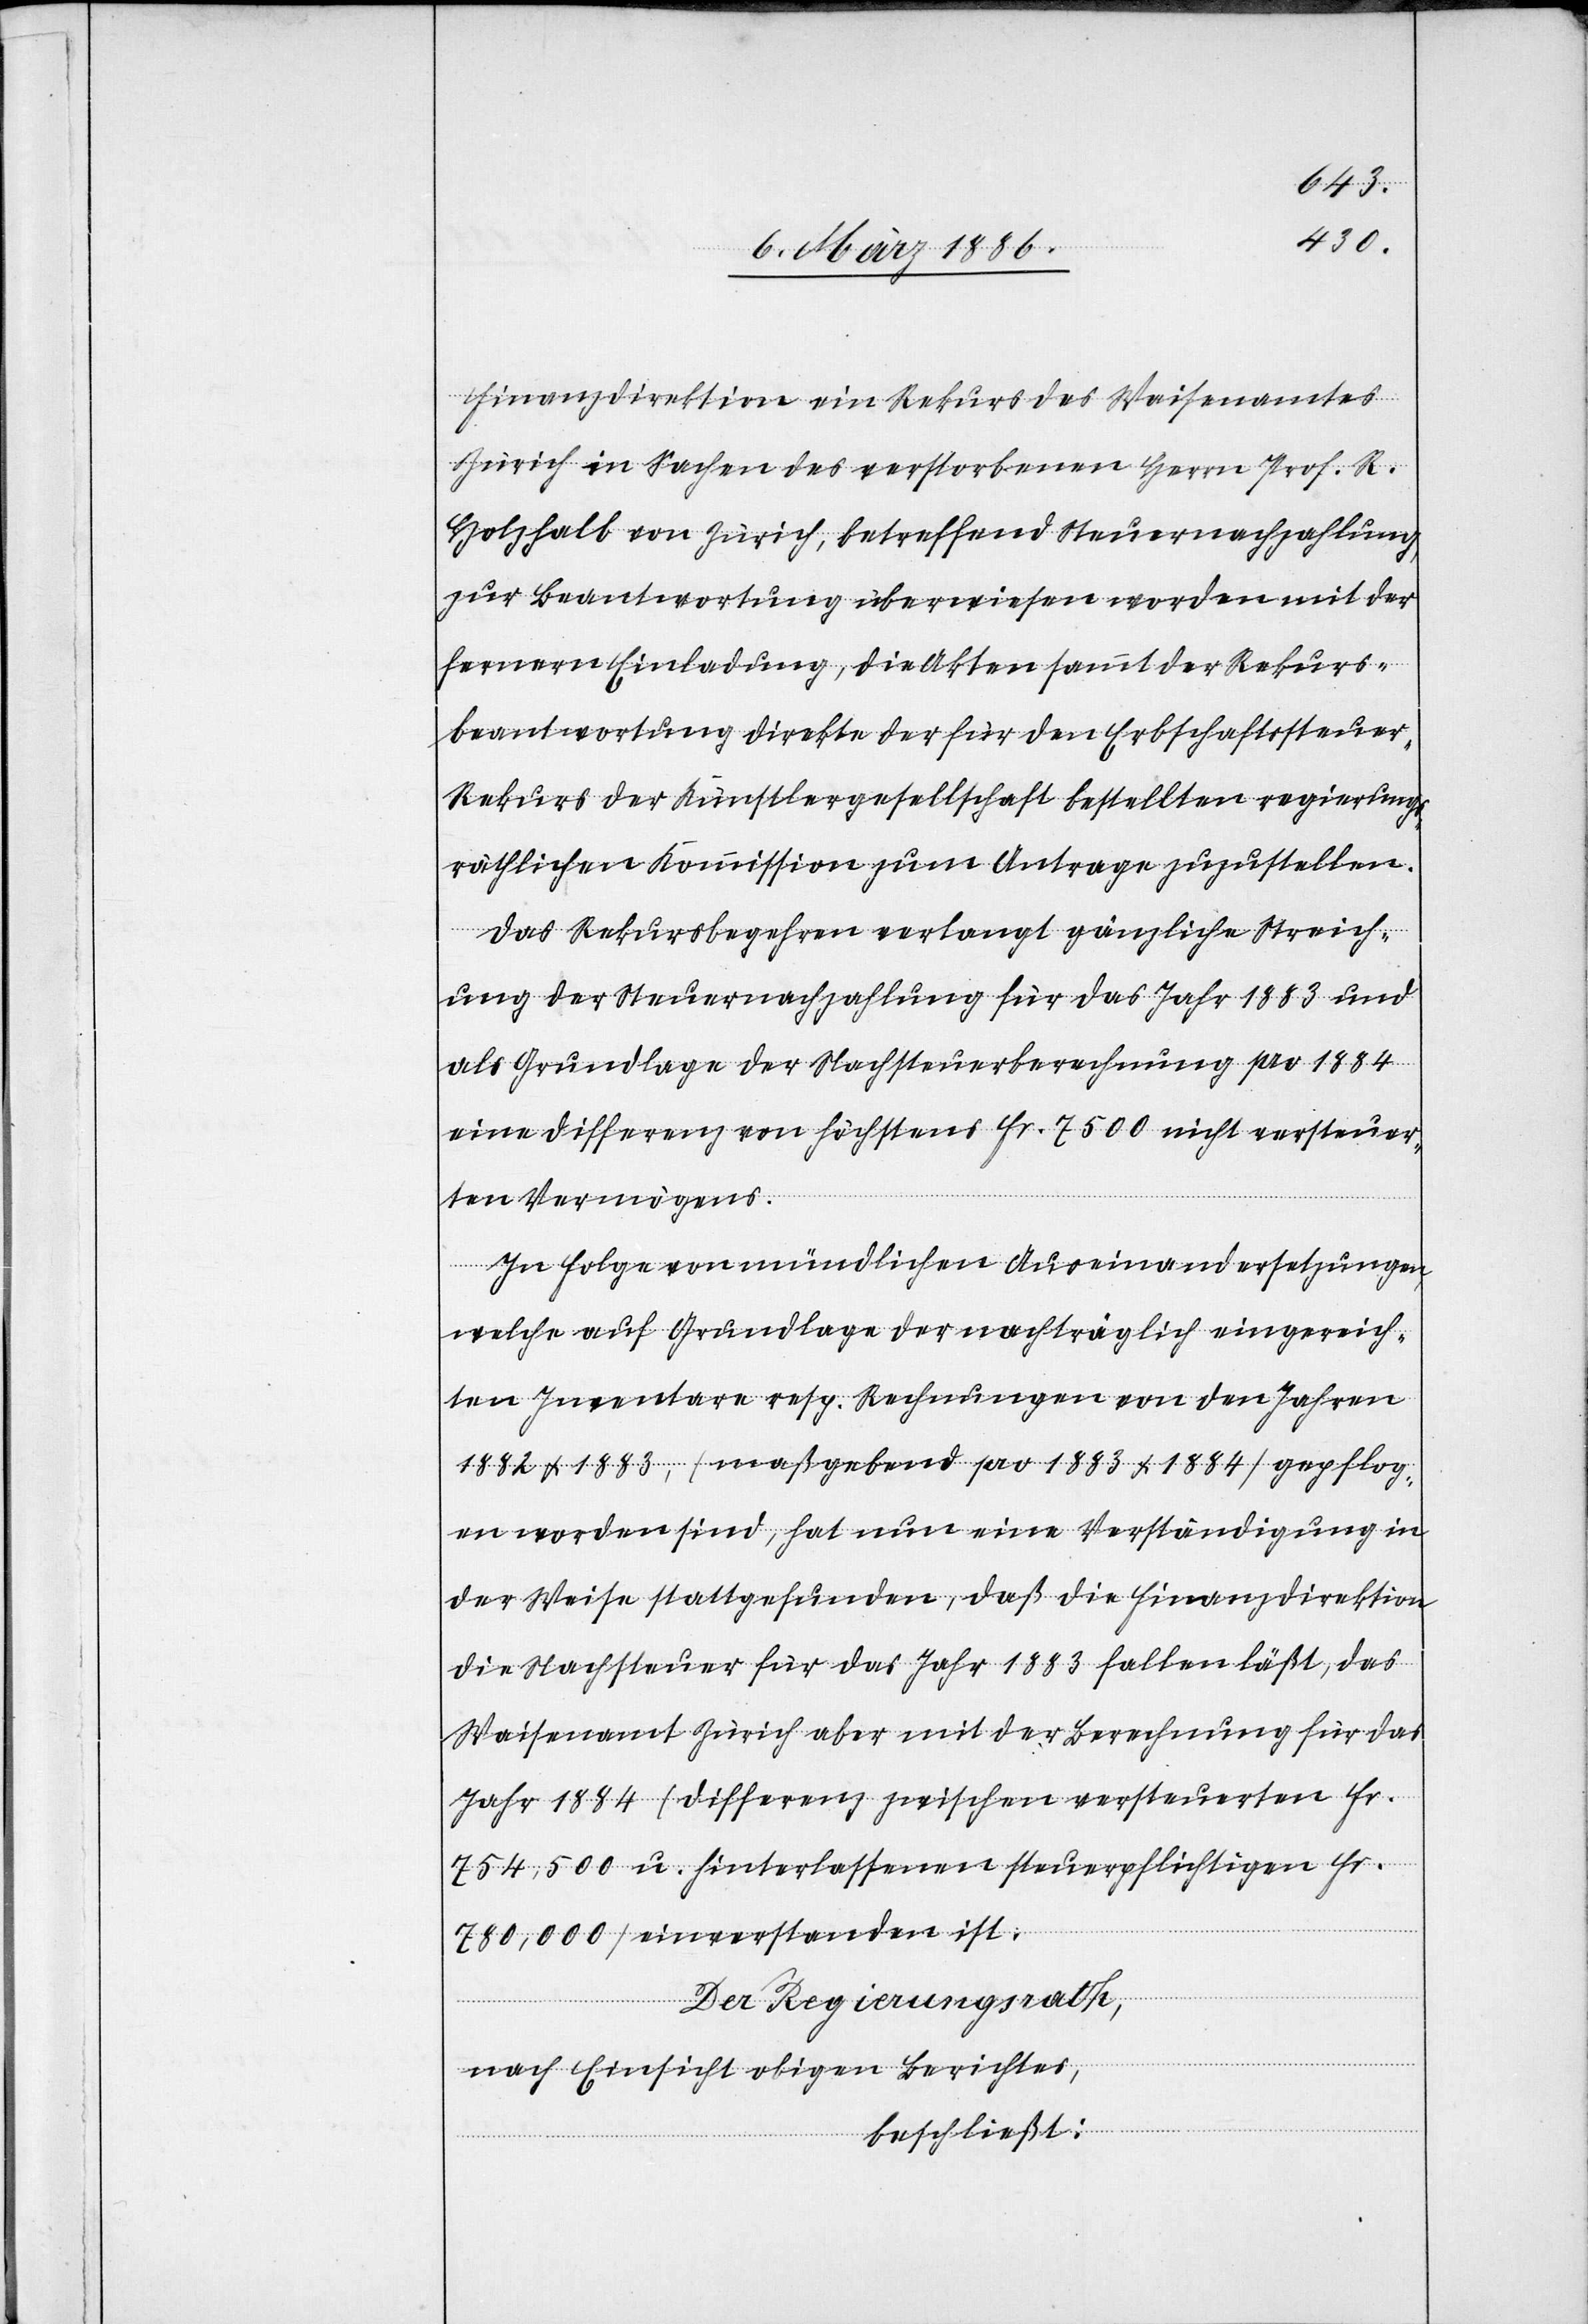
Finanzdirektion ein Rekurs des Waisenamtes
Zürich in Sachen des verstorbenen Herrn Prof. R.
Holzhalb von Zürich, betreffend Steuernachzahlung,
zur Beantwortung überwiesen worden mit der
fernern Einladung, die Akten sammt der Rekurs¬
beantwortung direkte der für den Erbschaftssteue¬
r-Rekurs der Künstlergesellschaft bestellten regierungs¬
räthlichen Kommission zum Antrage zuzustellen.
Das Rekursbegehren verlangt gänzliche Streich¬
ung der Steuernachzahlung für das Jahr 1883 und
als Grundlage der Nachsteuerrechnung pro 1884
eine Differenz von höchstens Fr. 7500 nicht versteuer¬
ten Vermögens.
In Folge von mündlichen Auseinandersetzungen,
welche auf Grundlage der nachträglich eingereich¬
ten Inventare resp. Rechnungen von den Jahren
1882 & 1883, (maßgebend pro 1883 & 1884) gepflog¬
en worden sind, hat nun eine Verständigung in
der Weise stattgefunden, daß die Finanzdirektion
die Nachsteuer für das Jahr 1883 fallen läßt, das
Waisenamt Zürich aber mit der Berechnung für das
Jahr 1884 (Differenz zwischen versteuerten Fr.
754,500 u. hinterlassenen steuerpflichtigen Fr.
780,000) einverstanden ist.
Der Regierungsrath,
nach Einsicht obigen Berichtes,
beschließt: